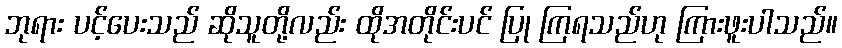
ဘုရား ပင့်ပေးသည် ဆိုသူတို့လည်း ထိုအတိုင်းပင် ပြု ကြရသည်ဟု ကြားဖူးပါသည်။